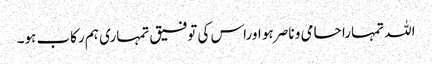
اللہ تمہارا حامی و ناصر ہو اوراس کی توفیق تمہاری ہم رکاب ہو۔